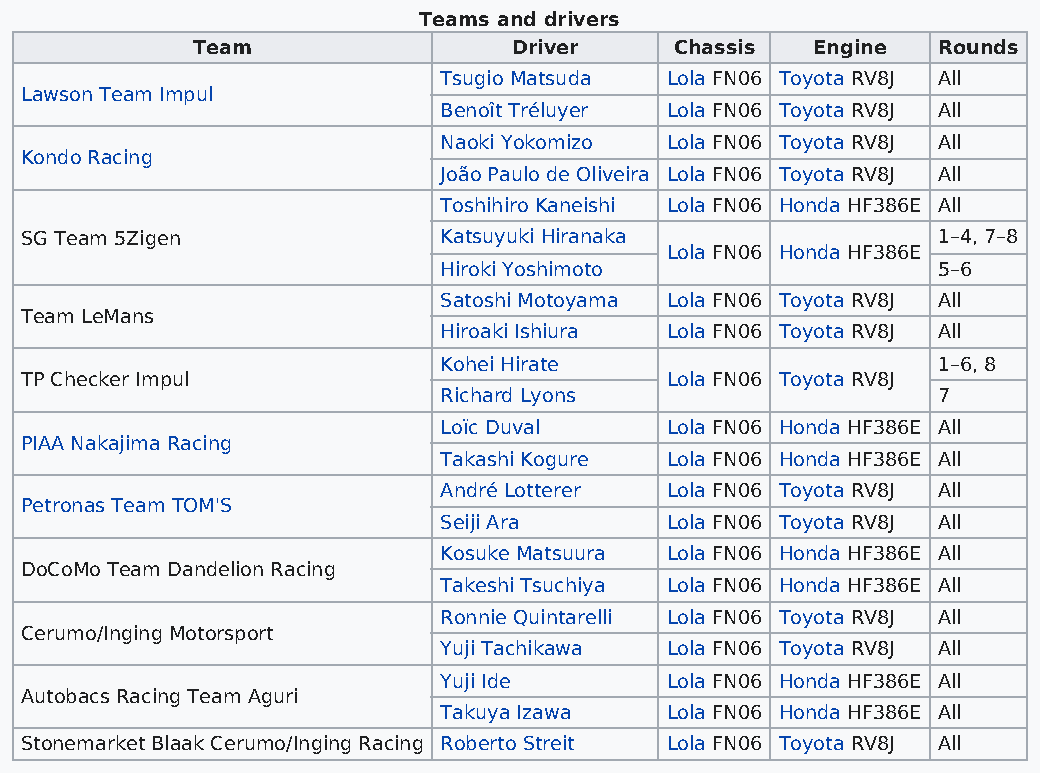
Teams and drivers
 Team                 Driver     Chassis  Engine  Rounds
 Tsugio Matsuda Lola FN06 Toyota RV8J All
 Lawson Team Impul
 Benoît Tréluyer Lola FN06 Toyota RV8J All
 Naoki Yokomizo Lola FN06 Toyota RV8J All
 Kondo Racing
 João Paulo de Oliveira Lola FN06 Toyota RV8J All
 Toshihiro Kaneishi Lola FN06 Honda HF386E All
 SG Team 5Zigen              Katsuyuki Hiranaka               1–4, 7–8
 Lola FN06 Honda HF386E
 Hiroki Yoshimoto                 5–6
 Satoshi Motoyama Lola FN06 Toyota RV8J All
 Team LeMans
 Hiroaki Ishiura Lola FN06 Toyota RV8J All
 Kohei Hirate                     1–6, 8
 TP Checker Impul                           Lola FN06 Toyota RV8J
 Richard Lyons                    7
 Loïc Duval     Lola FN06 Honda HF386E All
 PIAA Nakajima Racing
 Takashi Kogure Lola FN06 Honda HF386E All
 André Lotterer Lola FN06 Toyota RV8J All
 Petronas Team TOM'S
 Seiji Ara      Lola FN06 Toyota RV8J All
 Kosuke Matsuura Lola FN06 Honda HF386E All
 DoCoMo Team Dandelion Racing
 Takeshi Tsuchiya Lola FN06 Honda HF386E All
 Ronnie Quintarelli Lola FN06 Toyota RV8J All
 Cerumo/Inging Motorsport
 Yuji Tachikawa Lola FN06 Toyota RV8J All
 Yuji Ide       Lola FN06 Honda HF386E All
 Autobacs Racing Team Aguri
 Takuya Izawa   Lola FN06 Honda HF386E All
 Stonemarket Blaak Cerumo/Inging Racing Roberto Streit Lola FN06 Toyota RV8J All